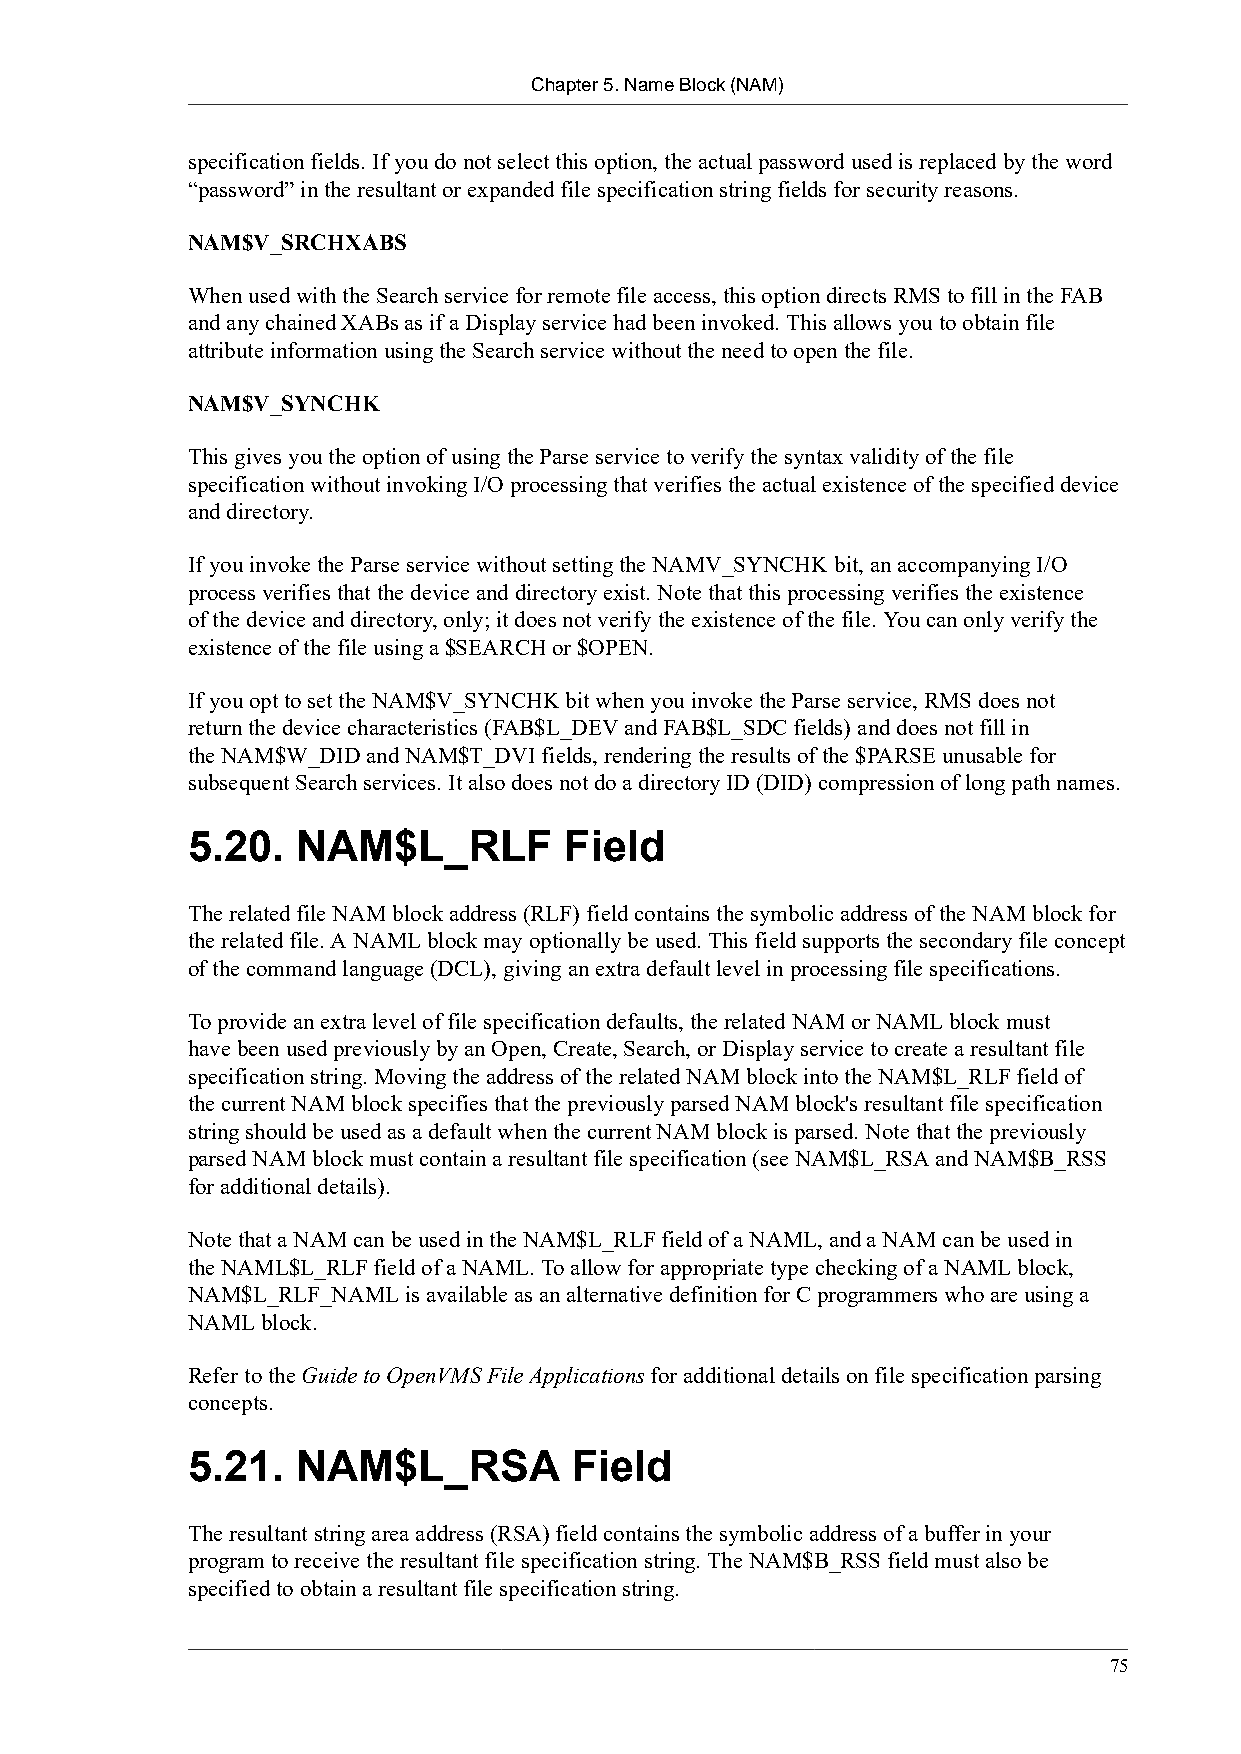
Chapter 5. Name Block (NAM)
 specification fields. If you do not select this option, the actual password used is replaced by the word
 “password” in the resultant or expanded file specification string fields for security reasons.
 NAM$V_SRCHXABS
 When used with the Search service for remote file access, this option directs RMS to fill in the FAB
 and any chained XABs as if a Display service had been invoked. This allows you to obtain file
 attribute information using the Search service without the need to open the file.
 NAM$V_SYNCHK
 This gives you the option of using the Parse service to verify the syntax validity of the file
 specification without invoking I/O processing that verifies the actual existence of the specified device
 and directory.
 If you invoke the Parse service without setting the NAMV_SYNCHK bit, an accompanying I/O
 process verifies that the device and directory exist. Note that this processing verifies the existence
 of the device and directory, only; it does not verify the existence of the file. You can only verify the
 existence of the file using a $SEARCH or $OPEN.
 If you opt to set the NAM$V_SYNCHK bit when you invoke the Parse service, RMS does not
 return the device characteristics (FAB$L_DEV and FAB$L_SDC fields) and does not fill in
 the NAM$W_DID and NAM$T_DVI fields, rendering the results of the $PARSE unusable for
 subsequent Search services. It also does not do a directory ID (DID) compression of long path names.
 5.20.   NAM$L_RLF        Field
 The related file NAM block address (RLF) field contains the symbolic address of the NAM block for
 the related file. A NAML block may optionally be used. This field supports the secondary file concept
 of the command language (DCL), giving an extra default level in processing file specifications.
 To provide an extra level of file specification defaults, the related NAM or NAML block must
 have been used previously by an Open, Create, Search, or Display service to create a resultant file
 specification string. Moving the address of the related NAM block into the NAM$L_RLF field of
 the current NAM block specifies that the previously parsed NAM block's resultant file specification
 string should be used as a default when the current NAM block is parsed. Note that the previously
 parsed NAM block must contain a resultant file specification (see NAM$L_RSA and NAM$B_RSS
 for additional details).
 Note that a NAM can be used in the NAM$L_RLF field of a NAML, and a NAM can be used in
 the NAML$L_RLF field of a NAML. To allow for appropriate type checking of a NAML block,
 NAM$L_RLF_NAML is available as an alternative definition for C programmers who are using a
 NAML block.
 Refer to the Guide to OpenVMS File Applications for additional details on file specification parsing
 concepts.
 5.21.   NAM$L_RSA         Field
 The resultant string area address (RSA) field contains the symbolic address of a buffer in your
 program to receive the resultant file specification string. The NAM$B_RSS field must also be
 specified to obtain a resultant file specification string.
 75